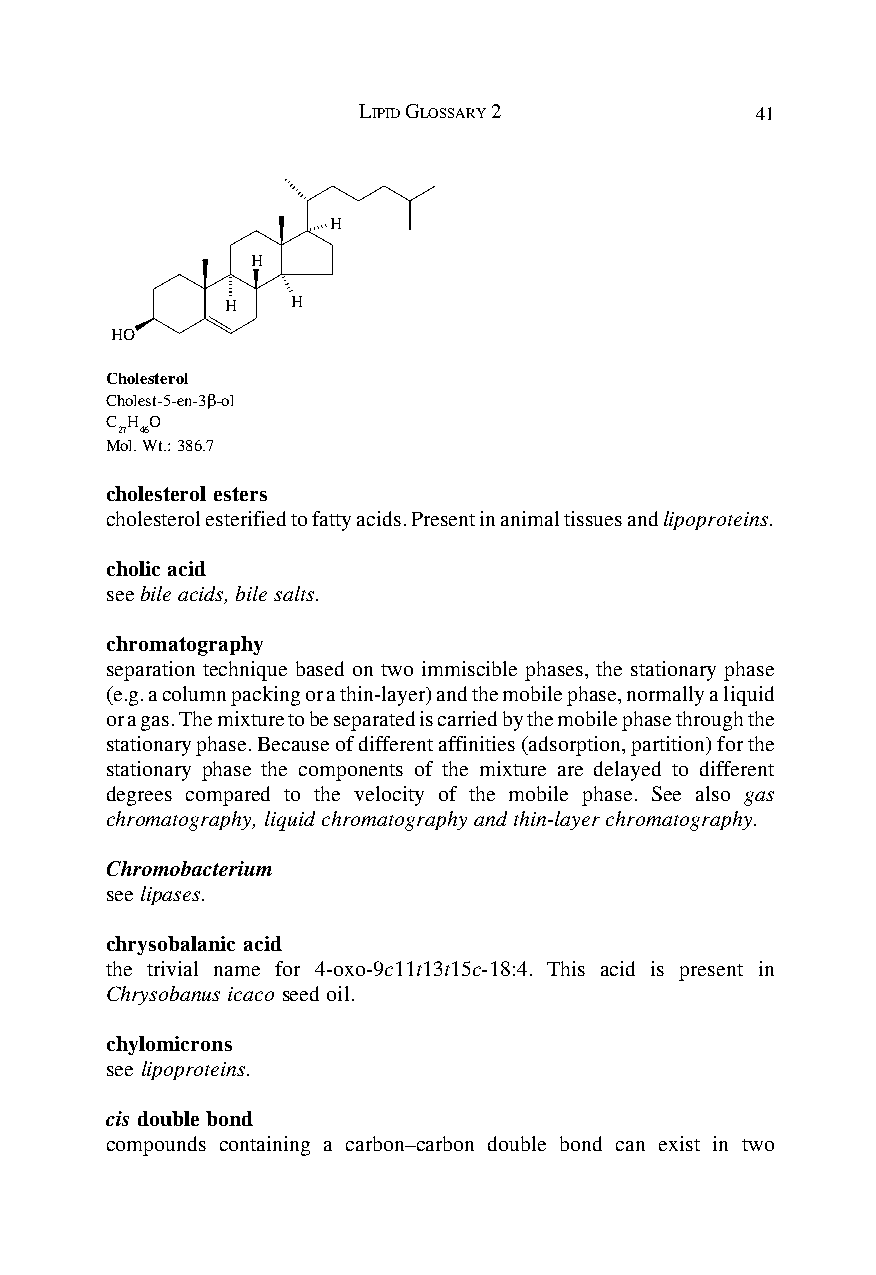
LIPID GLOSSARY 2          41
 H
 H
 H   H
 HO
 Cholesterol
 Cholest-5-en-3β-ol
 C H O
 27 46
 Mol. Wt.: 386.7
 cholesterol esters
 cholesterol esterified to fatty acids. Present in animal tissues and lipoproteins.
 cholic acid
 see bile acids, bile salts.
 chromatography
 separation technique based on two immiscible phases, the stationary phase
 (e.g. a column packing or a thin-layer) and the mobile phase, normally a liquid
 or a gas. The mixture to be separated is carried by the mobile phase through the
 stationary phase. Because of different affinities (adsorption, partition) for the
 stationary phase the components of the mixture are delayed to different
 degrees compared to the velocity of the mobile phase. See also gas
 chromatography, liquid chromatography and thin-layer chromatography.
 Chromobacterium
 see lipases.
 chrysobalanic acid
 the trivial name for 4-oxo-9c11t13t15c-18:4. This acid is present in
 Chrysobanus icaco seed oil.
 chylomicrons
 see lipoproteins.
 cis double bond
 compounds containing a carbon–carbon double bond can exist in two